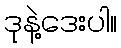
ဒုနဲ့ဒေးပါ။